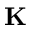
\mathbf { K }